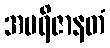
အပရိဇာနတံ